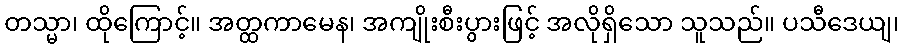
တသ္မာ၊ ထိုကြောင့်။ အတ္ထကာမေန၊ အကျိုးစီးပွားဖြင့် အလိုရှိသော သူသည်။ ပသီဒေယျ၊